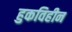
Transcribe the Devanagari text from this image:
हुकविहीन